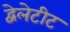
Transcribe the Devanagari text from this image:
द्वेलेटीट